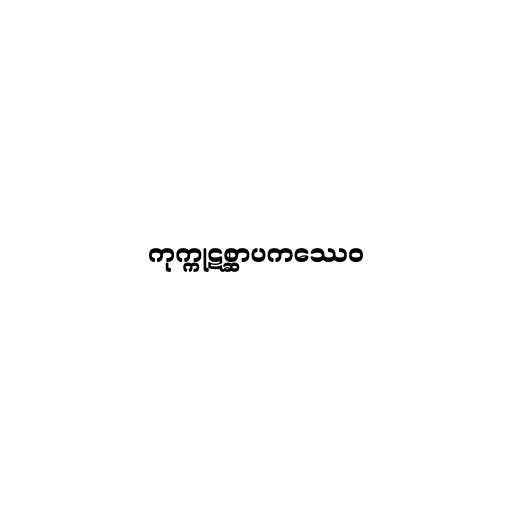
ကုက္ကုဋစ္ဆာပကဿေဝ